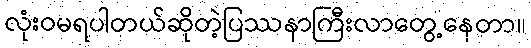
လုံးဝမရပါတယ်ဆိုတဲ့ပြဿနာကြီးလာတွေ့နေတာ။